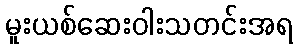
မူးယစ်ဆေးဝါးသတင်းအရ